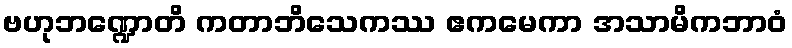
ဗဟုဘဏ္ဍောတိ ကတာဘိသေကဿ ဧကမေကာ အသာမိကဘာဝံ